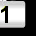
Digit: 1